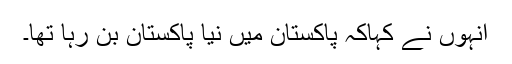
انہوں نے کہاکہ پاکستان میں نیا پاکستان بن رہا تھا۔